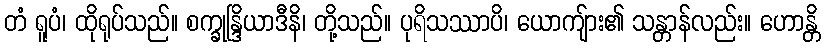
တံ ရူပံ၊ ထိုရုပ်သည်။ စက္ခုန္ဒြိယာဒီနိ၊ တို့သည်။ ပုရိသဿာပိ၊ ယောကျ်ား၏ သန္တာန်လည်း။ ဟောန္တိ